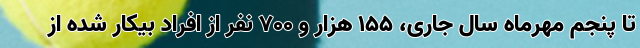
تا پنجم مهرماه سال جاری، ۱۵۵ هزار و ۷۰۰ نفر از افراد بیکار شده از